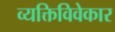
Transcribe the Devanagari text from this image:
व्यक्तिविवेकार